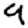
Digit: 9